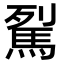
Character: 𩢾